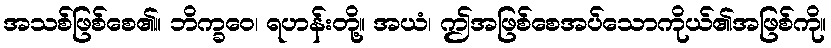
အသစ်ဖြစ်စေ၏။ ဘိက္ခဝေ၊ ရဟန်းတို့။ အယံ၊ ဤအဖြစ်စေအပ်သောကိုယ်၏အဖြစ်ကို။